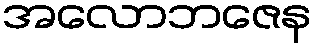
အလောဘဇေန